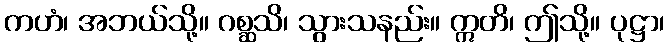
ကဟံ၊ အဘယ်သို့။ ဂစ္ဆသိ၊ သွားသနည်း။ ဣတိ၊ ဤသို့။ ပုဋ္ဌာ၊